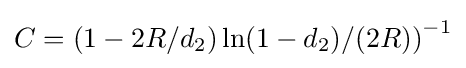
C={(1-2R/d_{2})\ln(1-d_{2})/(2R))}^{-1}